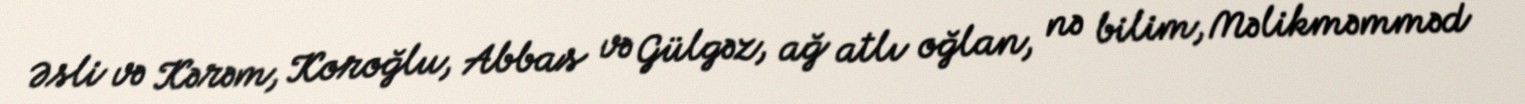
Əsli və Kərəm, Koroğlu, Abbas və Gülgəz, ağ atlı oğlan, nə bilim, Məlikməmməd